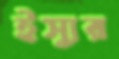
ইস্যুর